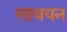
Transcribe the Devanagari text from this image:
साथयन